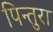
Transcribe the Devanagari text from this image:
पिन्तुरा